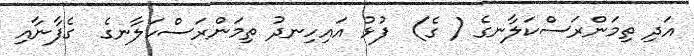
އަދި ތިމަންރަސްކަލާނގެ ( ގެ)  ފުޅު އައިހިނދު ތިމަންރަސްކަލާނގެ  ގެފާނާއި